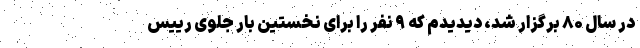
در سال ۸۰ برگزار شد، دیدیدم که ۹ نفر را برای نخستین بار جلوی رییس